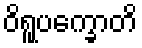
ဝိရူပက္ခောတိ